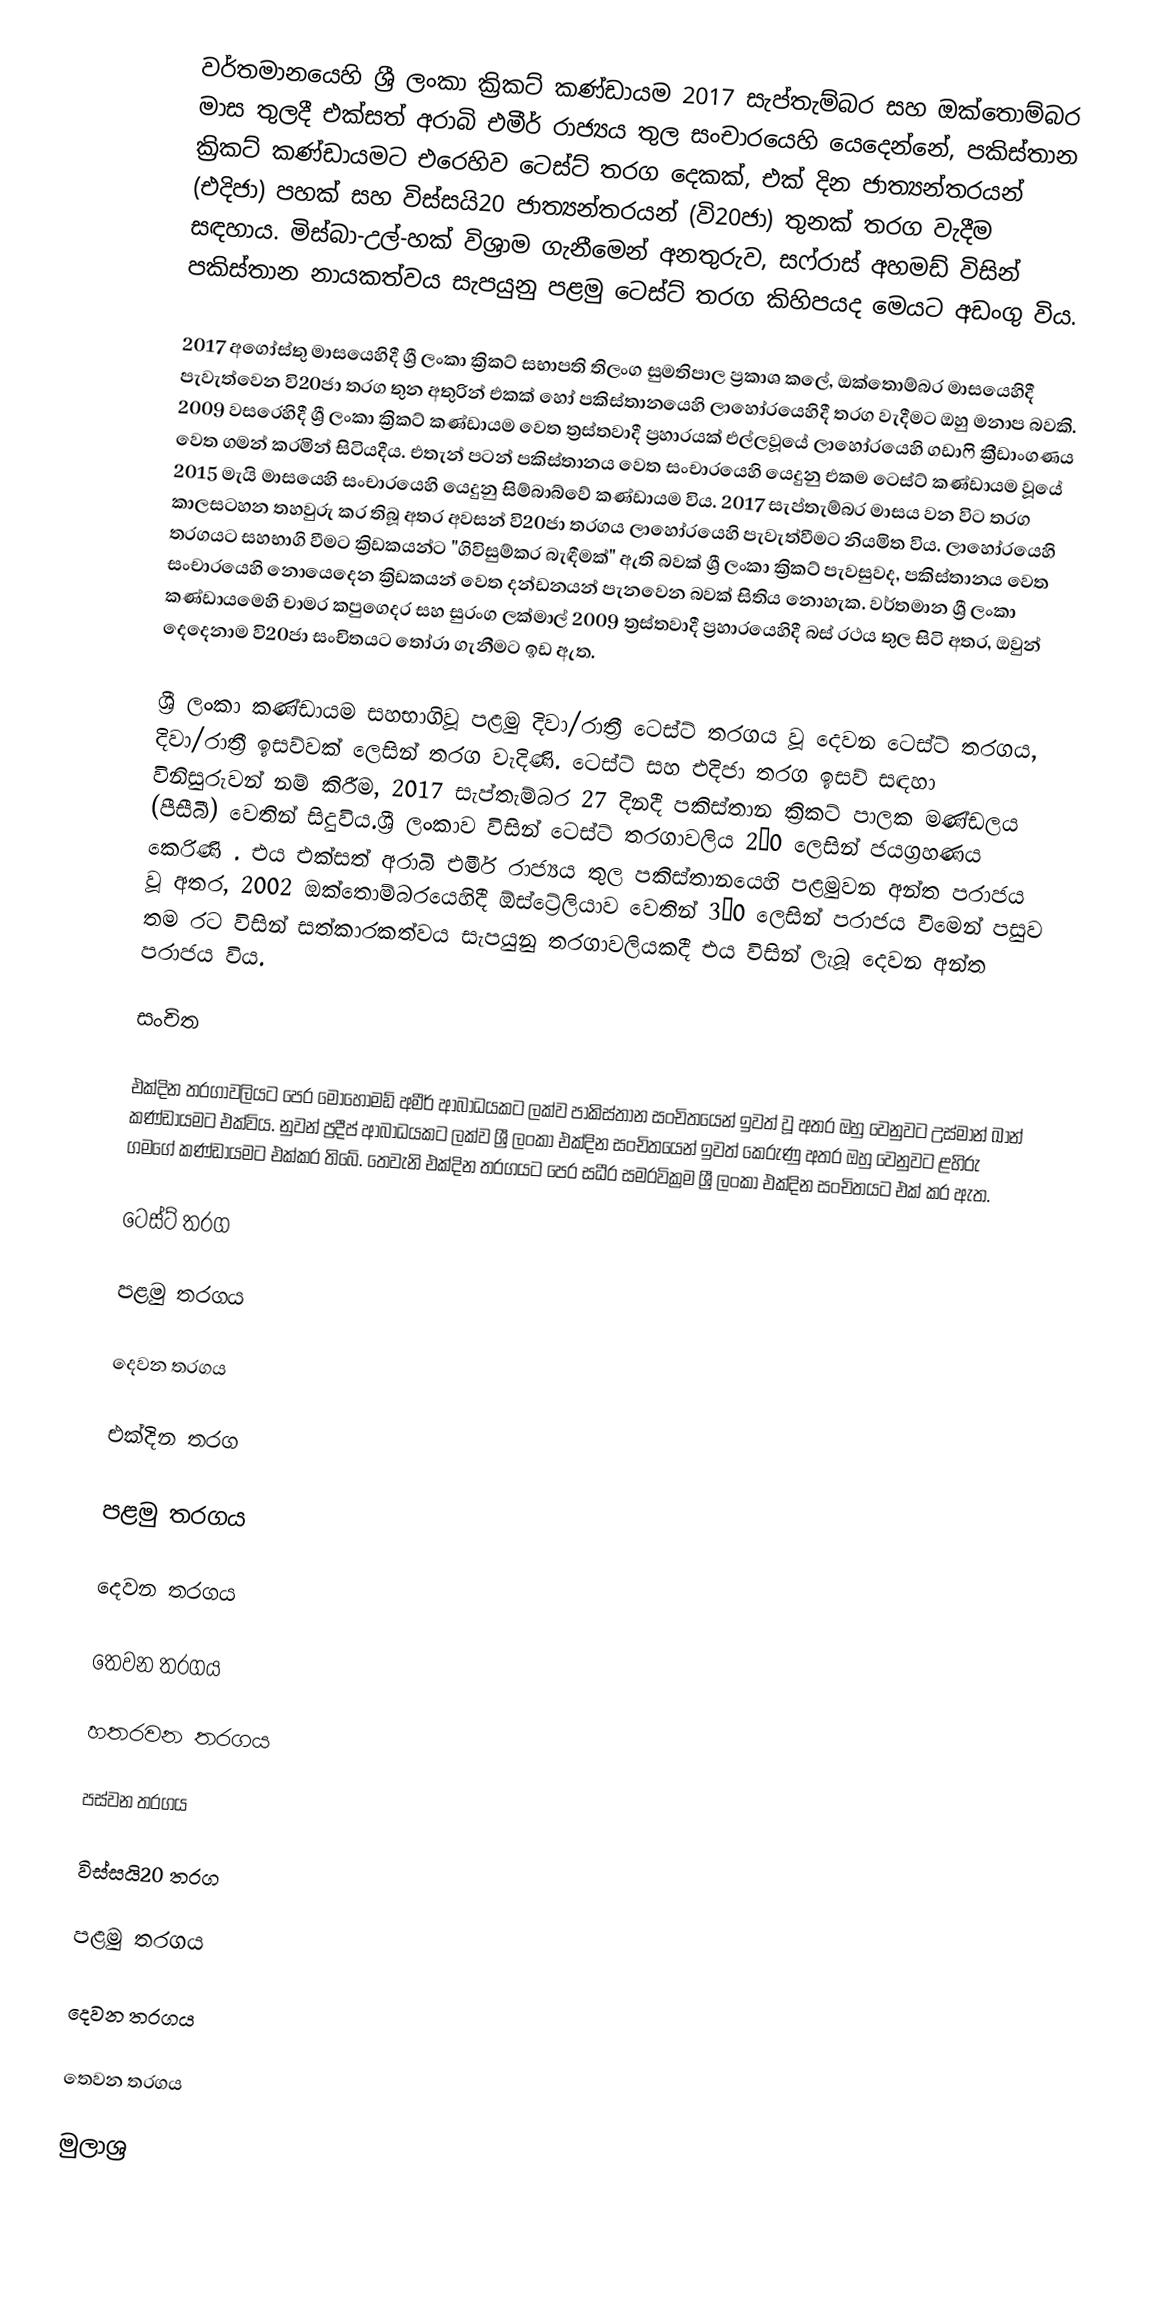
වර්තමානයෙහි ශ්‍රී ලංකා ක්‍රිකට් කණ්ඩායම 2017 සැප්තැම්බර සහ ඔක්තොම්බර මාස තුලදී එක්සත් අරාබි එමීර් රාජ්‍යය තුල සංචාරයෙහි යෙදෙන්නේ,   පකිස්තාන ක්‍රිකට් කණ්ඩායමට එරෙහිව ටෙස්ට් තරග දෙකක්, එක් දින ජාත්‍යන්තරයන් (එදිජා) පහක් සහ  විස්සයි20 ජාත්‍යන්තරයන් (වි20ජා) තුනක් තරග වැදීම සඳහාය. මිස්බා-උල්-හක් විශ්‍රාම ගැනීමෙන් අනතුරුව, සෆ්රාස් අහමඩ් විසින් පකිස්තාන  නායකත්වය සැපයුනු පළමු ටෙස්ට් තරග කිහිපයද මෙයට අඩංගු විය.

2017 අගෝස්තු මාසයෙහිදී ශ්‍රී ලංකා ක්‍රිකට් සභාපති තිලංග සුමතිපාල ප්‍රකාශ කලේ, ඔක්තොම්බර මාසයෙහිදී පැවැත්වෙන වි20ජා තරග තුන අතුරින් එකක් හෝ පකිස්තානයෙහි ලාහෝරයෙහිදී තරග වැදීමට ඔහු මනාප බවකි.  2009 වසරෙහිදී ශ්‍රී ලංකා ක්‍රිකට් කණ්ඩායම වෙත ත්‍රස්තවාදී ප්‍රහාරයක් එල්ලවූයේ ලාහෝරයෙහි ගඩාෆි ක්‍රීඩාංගණය වෙත ගමන් කරමින් සිටියදීය. එතැන් පටන් පකිස්තානය වෙත සංචාරයෙහි යෙදුනු එකම ටෙස්ට් කණ්ඩායම වූයේ   2015 මැයි මාසයෙහි සංචාරයෙහි යෙදුනු සිම්බාබ්වේ කණ්ඩායම විය. 2017 සැප්තැම්බර මාසය වන විට තරග කාලසටහන තහවුරු කර තිබූ අතර අවසන් වි20ජා තරගය ලාහෝරයෙහි පැවැත්වීමට නියමිත විය. ලාහෝරයෙහි තරගයට සහභාගි වීමට ක්‍රිඩකයන්ට  "ගිවිසුම්කර බැඳීමක්" ඇති බවක් ශ්‍රී ලංකා ක්‍රිකට් පැවසුවද, පකිස්තානය වෙත සංචාරයෙහි නොයෙදෙන ක්‍රිඩකයන් වෙත  දන්ඩනයන් පැනවෙන බවක් සිතිය නොහැක.  වර්තමාන ශ්‍රී ලංකා කණ්ඩායමෙහි චාමර කපුගෙදර සහ සුරංග ලක්මාල් 2009 ත්‍රස්තවාදී ප්‍රහාරයෙහිදී බස් රථය තුල සිටි අතර, ඔවුන් දෙදෙනාම වි20ජා සංචිතයට තෝරා ගැනීමට ඉඩ ඇත.

ශ්‍රී ලංකා කණ්ඩායම සහභාගිවූ පළමු දිවා/රාත්‍රී ටෙස්ට් තරගය වූ දෙවන ටෙස්ට් තරගය, දිවා/රාත්‍රී ඉසව්වක් ලෙසින් තරග වැදිණි. ටෙස්ට් සහ එදිජා තරග ඉසව් සඳහා  විනිසුරුවන් නම් කිරීම, 2017 සැප්තැම්බර 27 දිනදී  පකිස්තාන ක්‍රිකට් පාලක මණ්ඩලය (පීසීබී) වෙතින් සිදුවිය.ශ්‍රී ලංකාව විසින් ටෙස්ට් තරගාවලිය 2–0 ලෙසින් ජයග්‍රහණය කෙරිණි . එය එක්සත් අරාබි එමීර් රාජ්‍යය තුල  පකිස්තානයෙහි පළමුවන  අන්ත පරාජය වූ අතර,   2002 ඔක්තොම්බරයෙහිදී ඕස්ට්‍රේලියාව වෙතින්  3–0 ලෙසින් පරාජය වීමෙන් පසුව තම රට විසින් සත්කාරකත්වය සැපයුනු තරගාවලියකදී එය විසින් ලැබූ දෙවන අන්ත පරාජය විය.

සංචිත

එක්දින තරගාවලියට පෙර මොහොමඩ් අමීර් ආබාධයකට ලක්ව පාකිස්තාන සංචිතයෙන් ඉවත් වූ අතර ඔහු වෙනුවට උස්මාන් ඛාන් කණ්ඩායමට එක්විය. නුවන් ප්‍රදීප් ආබාධයකට ලක්ව ශ්‍රී ලංකා එක්දින සංචිතයෙන් ඉවත් කෙරුණු අතර ඔහු වෙනුවට ළහිරු ගමගේ කණ්ඩායමට එක්කර තිබේ. තෙවැනි එක්දින තරගයට පෙර සධීර සමරවික්‍රම ශ්‍රී ලංකා එක්දින සංචිතයට එක් කර ඇත.

ටෙස්ට් තරග

පළමු තරගය

දෙවන තරගය

එක්දින තරග

පළමු තරගය

දෙවන තරගය

තෙවන තරගය

හතරවන තරගය

පස්වන තරගය

විස්සයි20 තරග

පළමු තරගය

දෙවන තරගය

තෙවන තරගය

මුලාශ්‍ර